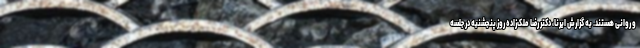
و روانی هستند. به گزارش ایرنا، دکتر رضا ملک‌زاده روز پنجشنبه در جلسه